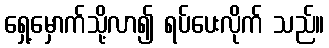
ရှေ့မှောက်သို့လာ၍ ရပ်ပေးလိုက် သည်။